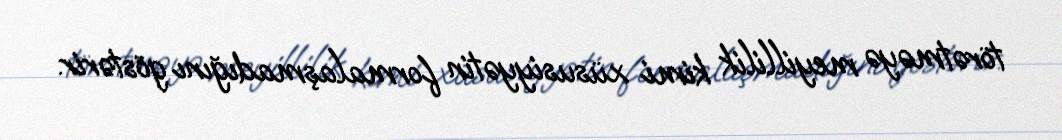
törətməyə meyillilik kimi xüsusiyyətin formalaşmadığını göstərir.